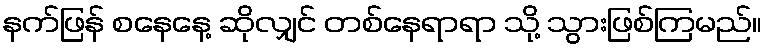
နက်ဖြန် စနေနေ့ ဆိုလျှင် တစ်နေရာရာ သို့ သွားဖြစ်ကြမည်။